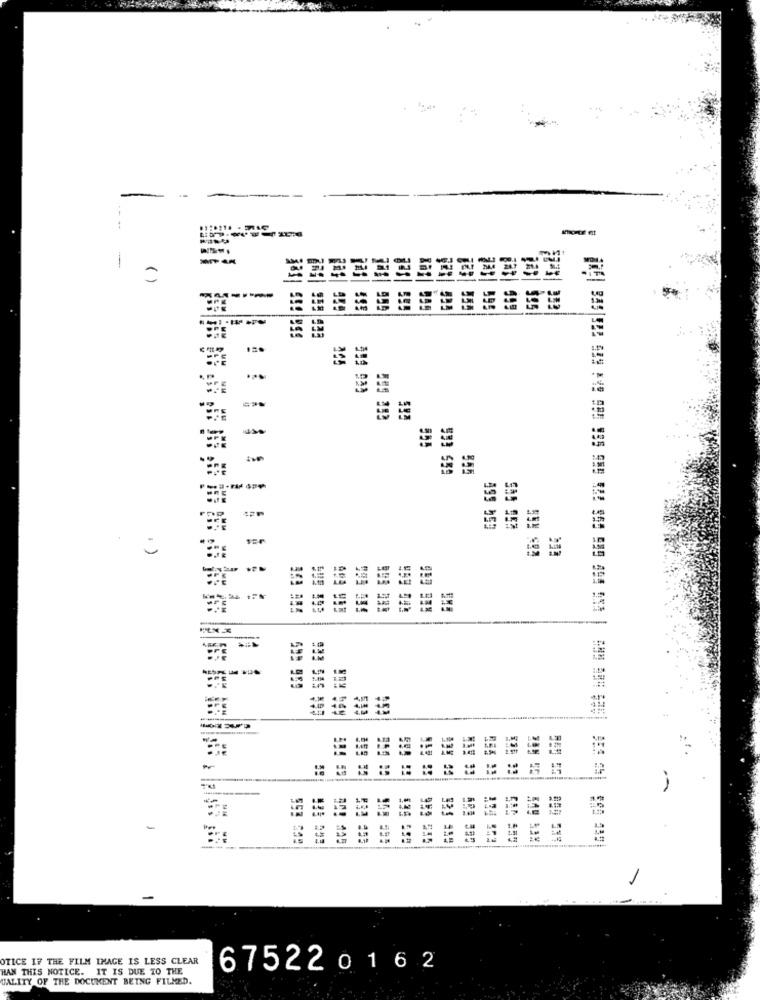
-
1
:
--
--
( )
595
-
us
499 953
1 )
REE ERG
---
953
-
OTICE IF THE FILM IMAGE IS LESS CLEAR
HAN THIS NOTICE. IT IS DUE TO THE
675220162
UALITY OF THE DOCUMENT BEING FILMED.